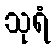
သုရံ